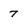
Character: 7